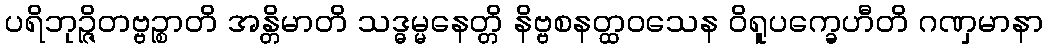
ပရိဘုဉ္ဇိတဗ္ဗဉ္စာတိ အန္တိမာတိ သဒ္ဓမ္မနေတ္တိ နိဗ္ဗစနတ္ထဝသေန ဝိရူပက္ခေဟီတိ ဂဏှမာနာ